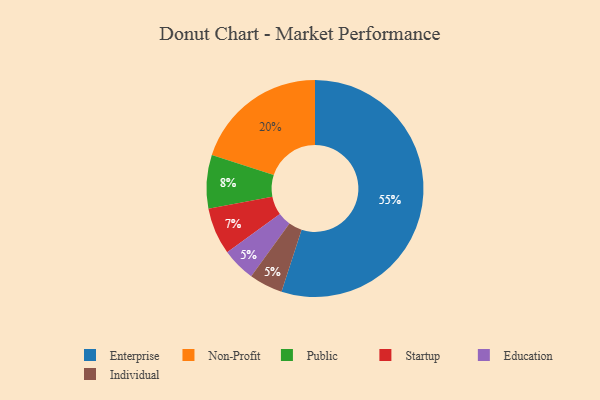
{"axis": {"x": "Category", "y": "Percentage"}, "legend": ["Education", "Enterprise", "Individual", "Non-Profit", "Public", "Startup"], "data": [{"x": "Non-Profit", "y": 20, "type": "Non-Profit"}, {"x": "Education", "y": 5, "type": "Education"}, {"x": "Public", "y": 8, "type": "Public"}, {"x": "Individual", "y": 5, "type": "Individual"}, {"x": "Enterprise", "y": 55, "type": "Enterprise"}, {"x": "Startup", "y": 7, "type": "Startup"}]}